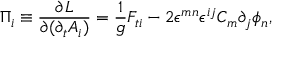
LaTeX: \Pi _ { i } \equiv { \frac { \partial { \cal L } } { \partial { ( \partial _ { t } A _ { i } ) } } } = { \frac { 1 } { g } } F _ { t i } - 2 \epsilon ^ { m n } \epsilon ^ { i j } C _ { m } \partial _ { j } \phi _ { n } ,